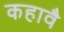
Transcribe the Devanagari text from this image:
कहावै